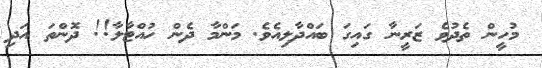
މުހީން ތެދުވެ ޒަރީނާ ގައިގަ ބައްދާލިއެވެ. މަންމާ ދެން ހުއްޓާލާ!! ދޮންތަ އަދި